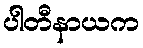
ပါတီနာယက